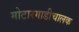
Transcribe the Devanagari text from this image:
मोटारगाडीचालक